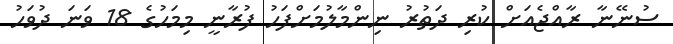
ސުނޭނާ ރާއްޖެއަށް ކުރި ދަތުރު ނިންމާލުމަށްފަހު ފުރާނީ މިމަހުގެ 18 ވަނަ ދުވަހު